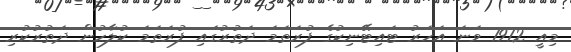
މިއީ 1912 ވަނަ އަހަރު ޓައިޓޭނިކުގެ ފުރަތަމަ ދަތުރުގައި ފުރަތަމަ ކުލާހުން ދަތުރުކުރި